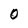
Character: 0